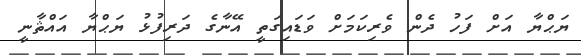
ޔަޙްޔާ އަށް ފަހު ދެން ވެރިކަމަށް ވަޑައިގަތީ އޭނާގެ ދަރިފުޅު ޔަޙްޔާ އައްޘާނީ